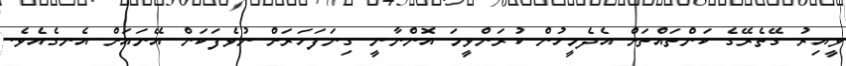
ވީއިރު ގޭތެރޭގެ ކަންތައްތަށް އެދެމީހުން ކުރަންވީމަ އޮންނާނީ ގިނަފަހަރަށް ނުވެފަކަން އޭނައަށް އެނގެއެވެ.